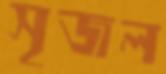
সৃজল